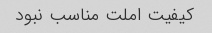
کیفیت املت مناسب نبود